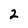
Character: 2